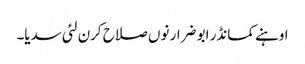
اوہنے کمانڈر ابو ضرار نوں صلاح کرن لئی سدیا۔